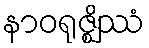
နာဝရုဇ္ဈိဿံ